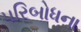
પરિબોધના